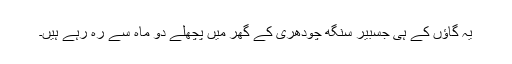
یہ گاؤں کے ہی جسبیر سنگھ چودھری کے گھر میں پچھلے دو ماہ سے رہ رہے ہیں۔